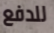
للدفع